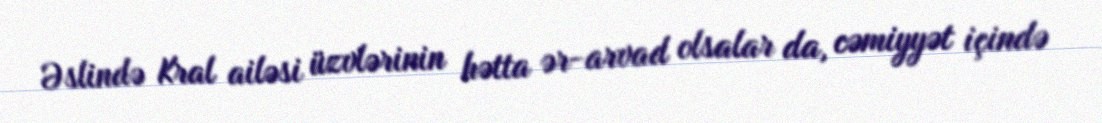
Əslində Kral ailəsi üzvlərinin hətta ər-arvad olsalar da, cəmiyyət içində